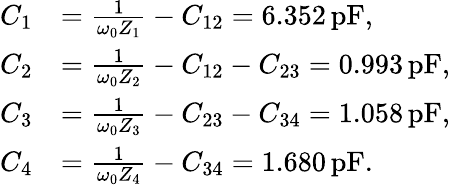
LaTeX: \begin{array}{rl}{C_{1}}&{=\frac{1}{\omega_{0}Z_{1}}-C_{12}=6.352\, \mathrm{pF},}\\ {C_{2}}&{=\frac{1}{\omega_{0}Z_{2}}-C_{12}-C_{23}=0.993\, \mathrm{pF},}\\ {C_{3}}&{=\frac{1}{\omega_{0}Z_{3}}-C_{23}-C_{34}=1.058\, \mathrm{pF},}\\ {C_{4}}&{=\frac{1}{\omega_{0}Z_{4}}-C_{34}=1.680\, \mathrm{pF}.}\end{array}